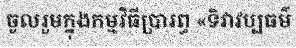
ចូលរួមក្នុងកម្មវិធីប្រារព្ធ «ទិវាវប្បធម៌